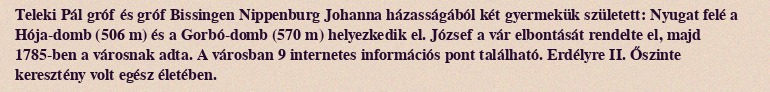
Teleki Pál gróf és gróf Bissingen Nippenburg Johanna házasságából két gyermekük született: Nyugat felé a Hója-domb (506 m) és a Gorbó-domb (570 m) helyezkedik el. József a vár elbontását rendelte el, majd 1785-ben a városnak adta. A városban 9 internetes információs pont található. Erdélyre II. Őszinte keresztény volt egész életében.